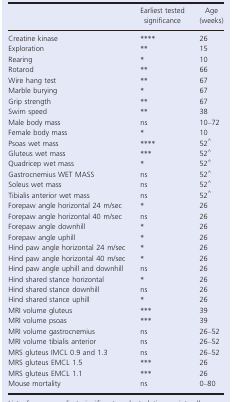
|  | Earliest tested significance | Age (weeks) |
 | --- | --- | --- |
 | Creatine kinase | **** | 26 |
 | Exploration | ** | 15 |
 | Rearing | * | 10 |
 | Rotarod | ** | 66 |
 | Wire hang test | ** | 67 |
 | Marble burying | * | 67 |
 | Grip strength | ** | 67 |
 | Swim speed | ** | 38 |
 | Male body mass | ns | 10–72 |
 | Female body mass | * | 10 |
 | Psoas wet mass | **** | 52^ |
 | Gluteus wet mass | *** | 52^ |
 | Quadricep wet mass | * | 52^ |
 | Gastrocnemius WET MASS | ns | 52^ |
 | Soleus wet mass | ns | 52^ |
 | Tibialis anterior wet mass | ns | 52^ |
 | Forepaw angle horizontal 24 m/sec | * | 26 |
 | Forepaw angle horizontal 40 m/sec | ns | 26 |
 | Forepaw angle downhill | * | 26 |
 | Forepaw angle uphill | * | 26 |
 | Hind paw angle horizontal 24 m/sec | * | 26 |
 | Hind paw angle horizontal 40 m/sec | * | 26 |
 | Hind paw angle uphill and downhill | ns | 26 |
 | Hind shared stance horizontal | * | 26 |
 | Hind shared stance downhill | ns | 26 |
 | Hind shared stance uphill | * | 26 |
 | MRI volume gluteus | *** | 39 |
 | MRI volume psoas | *** | 39 |
 | MRI volume gastrocnemius | ns | 26–52 |
 | MRI volume tibialis anterior | ns | 26–52 |
 | MRS gluteus IMCL 0.9 and 1.3 | ns | 26–52 |
 | MRS gluteus EMCL 1.5 | *** | 26 |
 | MRS gluteus EMCL 1.1 | *** | 26 |
 | Mouse mortality | ns | 0–80 |